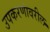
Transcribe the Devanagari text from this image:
उपकरणांवरील